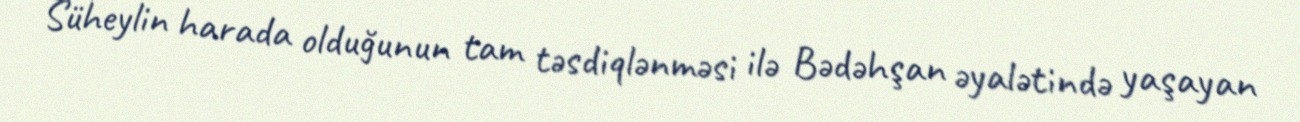
Süheylin harada olduğunun tam təsdiqlənməsi ilə Bədəhşan əyalətində yaşayan